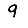
Digit: 9